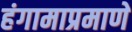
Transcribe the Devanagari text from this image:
हंगामाप्रमाणे